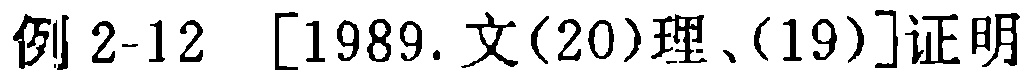
例 2-12 [1989.文(20)理、(19)]证明